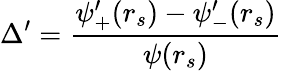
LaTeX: \Delta^{\prime}=\frac{\psi_{+}^{\prime}(r_{s})-\psi_{-}^{\prime}(r_{s})}{\psi(r_{s})}